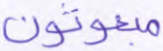
مبعوثون